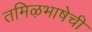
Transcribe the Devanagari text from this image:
तमिऴभाषेची